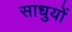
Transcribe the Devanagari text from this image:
साधुयों